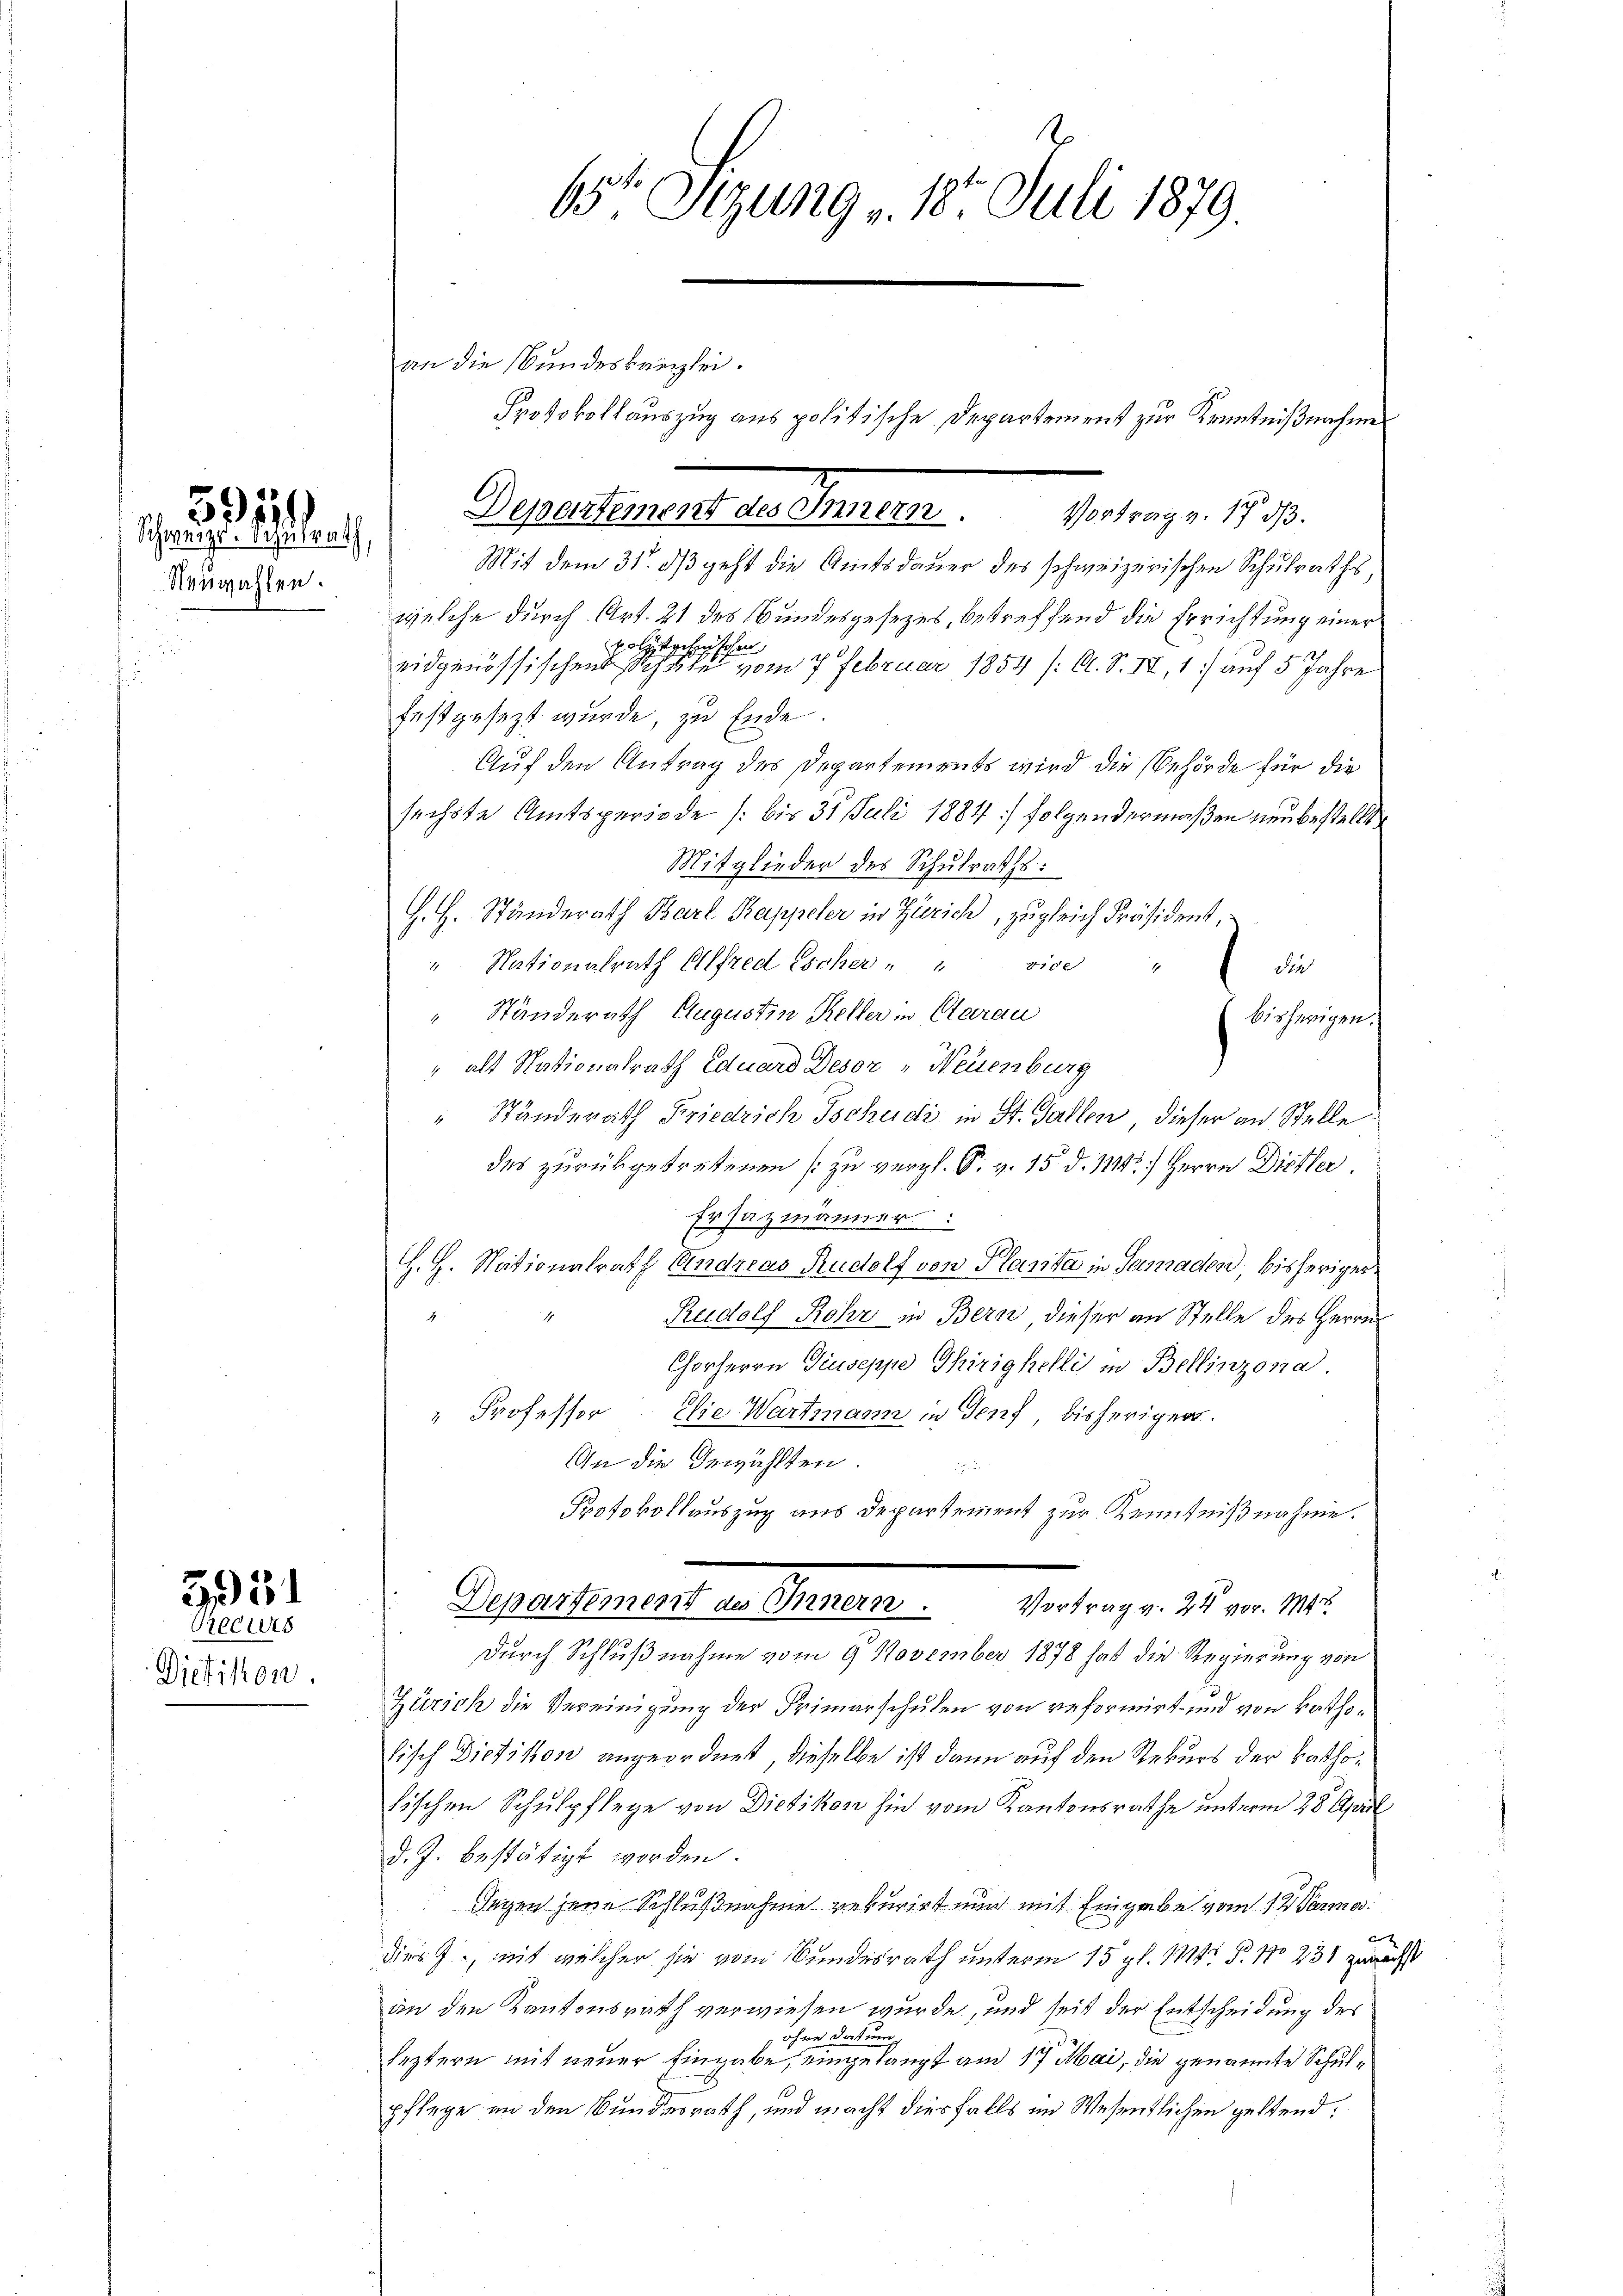
Neuwahlen.

595
Schweizer. Schulrath,

331
Grecurs

Dietikon

an die Bundeskanzlei.

65te Sitzung v. 18. Juli 1879.

Mit dem 31. ds geht die Amtsdauer des schweizerischen Schulrathes,
welche durch Art. 21 des Bundesgesezes, betreffend die Errichtung einer
volztrchtchen
eidgenössischen Schule vom 7. Februar 1854 /: A. S. II, 1) auf 5 Jahre
festgesezt wurde, zu Ende.
Auf den Antrag des Departements wird die Behörde für die
sechste Amtsperiode /: bis 31. Juli 1884 folgendermaßen neu bestellt
Mitglieder des Schulraths:
H. H. Ständerath Barl Kappeler in Zürich, zugleich Präsident,
" Nationalrath Alfred Escher " " vice
die
Standerath Augustin Keller in Clarau
bisherigen.
" als Nationalrath Eduard Deser „Neuenburg
" Standerath Friedrich Tschudi in St. Gallen, dieser an Stelle
des zurückgetretenen [zu vergl. S. v. 15. d. 113.) Herrn Distler.
Ersazmänner:
H. H. Nationalrath Andreas Rudolf von Planta in Samaden, bisheriger
Rudolf Rohr in Bern dieser an Stelle des Herrn
Chorherrn Giuseppe dirighelli in Bellinzona
" Professor Die Wartmann in Genf bisherigen.
An die Gewählten.

Protokollauszug aus Departement zur Kenntnißnahme.
Departement an Genann
Vortrag v. 24 vor. M
durch Schlußnahme vom 9. November 1878 hat die Regierung von
Zürich die Vereinigung der Primarschulen von reformirt und von katholisch Dietikon angeordnet, dieselbe ist dann auf den Rekurs der kathotischen Schulpflege von Dietikon hin vom Kantonsrathe unterm 28. April
d. J. bestätigt worden.
Segen jene Schlußnahme rekurirt nun mit Eingabe vom 12 Parma
dies J., mit welcher sie vom Bundesrath unterm 15 pl. 14: P. No 238 zurecht
an den Kantonsrath verwiesen wurde, und seit der Entscheidung des
ohne Datum
leztern mit neuer Eingabe, eingelangt am 17 Mai, die genannte Schulpflege an den Bundesrath, und macht diesfalls im Wesentlichen geltend:

Departement ertheilen . . . . eben v. 1890.

Protokollauszug aus politische Departement zur Kenntnißnahme